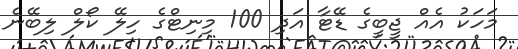
މަހަކު އެއް ޖީބީގެ ޑޭޓާ އަދި 100 މިނިޓްގެ ހިލޭ ކޯލް ލިބޭނެ